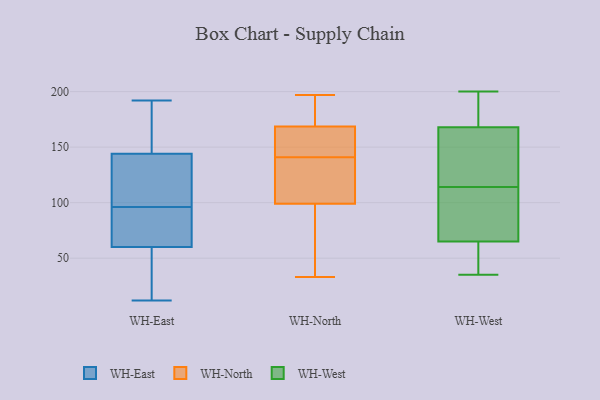
{"axis": {"x": "Backlog", "y": "Value"}, "legend": ["WH-East", "WH-North", "WH-West"], "data": [{"x": "", "y": 98, "type": "WH-East"}, {"x": "", "y": 12, "type": "WH-East"}, {"x": "", "y": 75, "type": "WH-East"}, {"x": "", "y": 144, "type": "WH-East"}, {"x": "", "y": 60, "type": "WH-East"}, {"x": "", "y": 98, "type": "WH-East"}, {"x": "", "y": 187, "type": "WH-East"}, {"x": "", "y": 39, "type": "WH-East"}, {"x": "", "y": 94, "type": "WH-East"}, {"x": "", "y": 192, "type": "WH-East"}, {"x": "", "y": 186, "type": "WH-North"}, {"x": "", "y": 147, "type": "WH-North"}, {"x": "", "y": 33, "type": "WH-North"}, {"x": "", "y": 97, "type": "WH-North"}, {"x": "", "y": 166, "type": "WH-North"}, {"x": "", "y": 149, "type": "WH-North"}, {"x": "", "y": 89, "type": "WH-North"}, {"x": "", "y": 101, "type": "WH-North"}, {"x": "", "y": 171, "type": "WH-North"}, {"x": "", "y": 140, "type": "WH-North"}, {"x": "", "y": 179, "type": "WH-North"}, {"x": "", "y": 141, "type": "WH-North"}, {"x": "", "y": 141, "type": "WH-North"}, {"x": "", "y": 88, "type": "WH-North"}, {"x": "", "y": 197, "type": "WH-North"}, {"x": "", "y": 118, "type": "WH-North"}, {"x": "", "y": 65, "type": "WH-West"}, {"x": "", "y": 35, "type": "WH-West"}, {"x": "", "y": 189, "type": "WH-West"}, {"x": "", "y": 114, "type": "WH-West"}, {"x": "", "y": 106, "type": "WH-West"}, {"x": "", "y": 56, "type": "WH-West"}, {"x": "", "y": 62, "type": "WH-West"}, {"x": "", "y": 102, "type": "WH-West"}, {"x": "", "y": 114, "type": "WH-West"}, {"x": "", "y": 135, "type": "WH-West"}, {"x": "", "y": 174, "type": "WH-West"}, {"x": "", "y": 200, "type": "WH-West"}, {"x": "", "y": 80, "type": "WH-West"}, {"x": "", "y": 118, "type": "WH-West"}, {"x": "", "y": 187, "type": "WH-West"}, {"x": "", "y": 168, "type": "WH-West"}, {"x": "", "y": 134, "type": "WH-West"}, {"x": "", "y": 57, "type": "WH-West"}]}